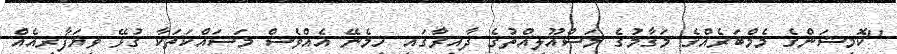
"ކޮމިޝަންގެ މެމްބަރެއްގެ މަގާމުގެ މަސްއޫލިއްތުގެ ދާއިރާގައި ހިމެނޭ އެއްވެސް މަސައްކަތަކާ ގުޅޭ ވިޔަފާރިއެއް